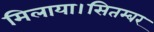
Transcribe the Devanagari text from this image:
मिलाया।सितम्बर